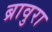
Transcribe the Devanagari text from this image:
ब्रावुरा